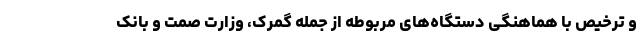
و ترخیص با هماهنگی دستگاه‌های مربوطه از جمله گمرک، وزارت صمت و بانک